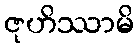
ဇုဟိဿာမိ